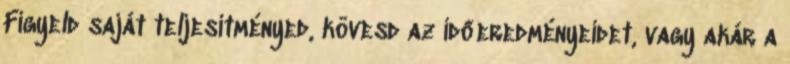
Figyeld saját teljesítményed, kövesd az időeredményeidet, vagy akár a